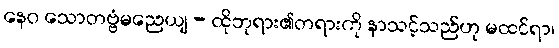
နေဝ သောတဗ္ဗံမညေယျ - ထိုဘုရား၏တရားကို နာသင့်သည်ဟု မထင်ရာ၊